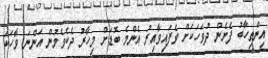
އިންތިހާބު ފެށެން ދުވަހަކަށް ވެފައިވާއިރު އެންމެ ބޮޑަށް މިހާރު ދެކެވެމުން އަންނަ ވާހަކަ